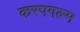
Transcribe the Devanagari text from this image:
करपगल्म